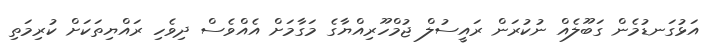
އަޅުގަނޑުމެން ގަބޫލެއް ނުކުރަން ރައީސުލް ޖުމްހޫރިއްޔާގެ މަގާމަށް އެއްވެސް ދިވެހި ރައްޔިތަކަށް ކުރިމަތި